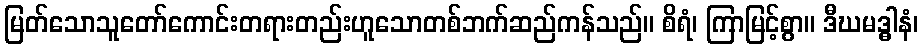
မြတ်သောသူတော်ကောင်းတရားတည်းဟူသောတစ်ဘက်ဆည်ကန်သည်။ စိရံ၊ ကြာမြင့်စွာ။ ဒီဃမဒ္ဓါနံ၊